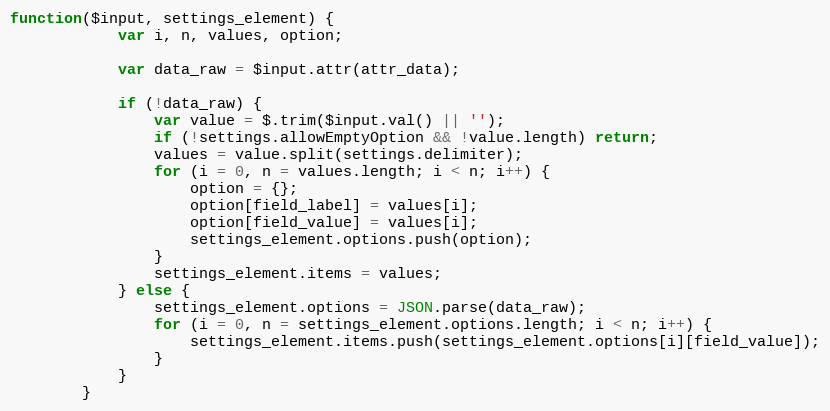
Language: JavaScript
function($input, settings_element) {
			var i, n, values, option;

			var data_raw = $input.attr(attr_data);

			if (!data_raw) {
				var value = $.trim($input.val() || '');
				if (!settings.allowEmptyOption && !value.length) return;
				values = value.split(settings.delimiter);
				for (i = 0, n = values.length; i < n; i++) {
					option = {};
					option[field_label] = values[i];
					option[field_value] = values[i];
					settings_element.options.push(option);
				}
				settings_element.items = values;
			} else {
				settings_element.options = JSON.parse(data_raw);
				for (i = 0, n = settings_element.options.length; i < n; i++) {
					settings_element.items.push(settings_element.options[i][field_value]);
				}
			}
		}